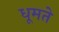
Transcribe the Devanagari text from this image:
धूमते